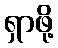
ရှာဖို့